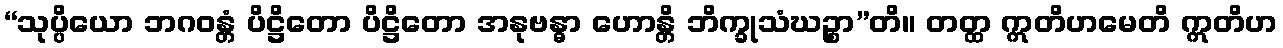
“သုပ္ပိယော ဘဂဝန္တံ ပိဋ္ဌိတော ပိဋ္ဌိတော အနုဗန္ဓာ ဟောန္တိ ဘိက္ခုသံဃဉ္စာ”တိ။ တတ္ထ ဣတိဟမေတိ ဣတိဟ